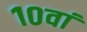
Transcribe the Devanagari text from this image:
१०वां